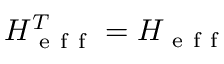
H _ { \mathrm { ~ e ~ f ~ f ~ } } ^ { T } = H _ { \mathrm { ~ e ~ f ~ f ~ } }